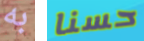
به حسنا